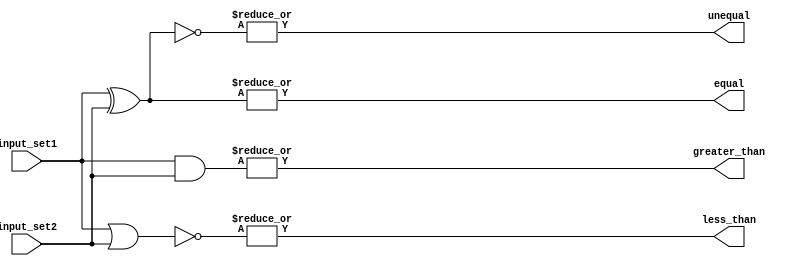
module parallel_comparator (
    input [7:0] input_set1,
    input [7:0] input_set2,
    output equal,
    output unequal,
    output greater_than,
    output less_than
);

wire [7:0] equal_bits;
wire [7:0] unequal_bits;
wire [7:0] greater_than_bits;
wire [7:0] less_than_bits;

assign equal = |equal_bits;
assign unequal = |unequal_bits;
assign greater_than = |greater_than_bits;
assign less_than = |less_than_bits;

assign equal_bits = input_set1 ^ input_set2;
assign unequal_bits = ~(input_set1 ^ input_set2);
assign greater_than_bits = input_set1 & input_set2;
assign less_than_bits = ~(input_set1 | input_set2);

endmodule